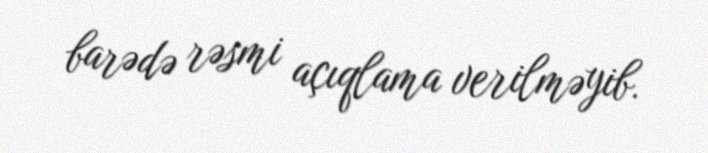
barədə rəsmi açıqlama verilməyib.